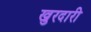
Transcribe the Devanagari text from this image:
खुरदारी